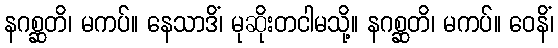
နဂစ္ဆတိ၊ မကပ်။ နေသာဒိံ၊ မုဆိုးတငါမသို့။ နဂစ္ဆတိ၊ မကပ်။ ဝေနိံ၊